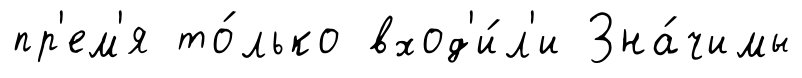
пр'ем'я то́лько вход'и́л'и Зна́чимы